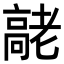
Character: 𦓄